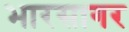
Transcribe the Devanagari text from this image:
भारसागर